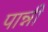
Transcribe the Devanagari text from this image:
पान्नी